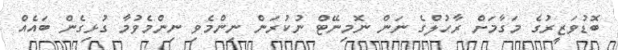
ބޮޑުވަޒީރުގެ މަގާމަށް ރާހުލްގެ ނަން ނޮމިނޭޓް ނުކުރަން ނިންމެވި ނިންމެވުމާ ގުޅިގެން ބައެއް